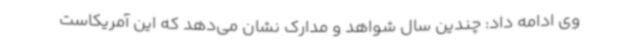
وی ادامه داد: چندین سال شواهد و مدارک نشان می‌دهد که این آمریکاست